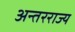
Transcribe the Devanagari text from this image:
अन्तरराज्य